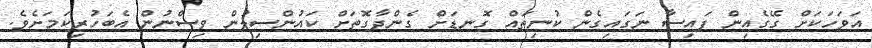
އަވަހަކަށް ގޭގެއިން ފައިސާ ނަގައިގެން ކުނިތައް ގޮނޑަށް ގެންދާގޮތަށް ކައުންސިލުން ވިސްނުން އެބަހުރިކަމަށެވެ.